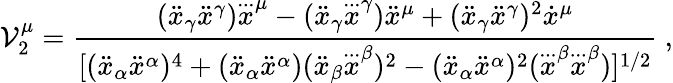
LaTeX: \mathcal{V}_{2}^{\mu}=\frac{{(\ddot{{x}}_{\gamma}\ddot{{x}}^{\gamma})\stackrel{...}x^{\mu}-(\ddot{{x}}_{\gamma}\stackrel{...}x^{\gamma})\ddot{{x}}^{\mu}+(\ddot{{x}}_{\gamma}\ddot{{x}}^{\gamma})^{2}\dot{{x}}^{\mu}}}{{[(\ddot{{x}}_{\alpha}\ddot{{x}}^{\alpha})^{4}+(\ddot{{x}}_{\alpha}\ddot{{x}}^{\alpha})(\ddot{{x}}_{\beta}\stackrel{...}x^{\beta})^{2}-(\ddot{{x}}_{\alpha}\ddot{{x}}^{\alpha})^{2}(\stackrel{...}x^{\beta}\stackrel{...}x^{\beta})]^{1/2}}}~,